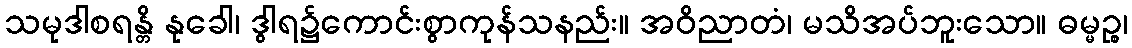
သမုဒါစရန္တိ နုခေါ၊ ဒွါရ၌ကောင်းစွာကုန်သနည်း။ အဝိညာတံ၊ မသိအပ်ဘူးသော။ ဓမ္မဉ္စ၊